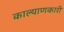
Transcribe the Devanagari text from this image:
काल्याणकारी